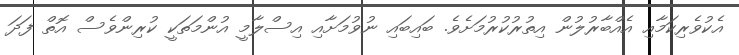
އެކުވެރިކަމާއި އެއްބާރުލުން އިތުރުކުރުމަށެވެ. ބައިބައި ނުވުމަށާއި އިސްލާމީ އުންމަތަކީ ކުރިންވެސް އޮތް ފަދަ